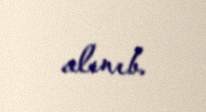
alınıb.